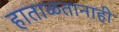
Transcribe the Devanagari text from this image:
हाताळतानाही